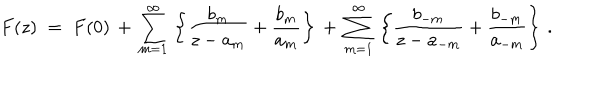
LaTeX: F ( z ) \; = \; F ( 0 ) \, + \, \sum _ { m = 1 } ^ { \infty } \, \left\{ \frac { b _ { m } } { z - a _ { m } } + \frac { b _ { m } } { a _ { m } } \right\} \, + \, \sum _ { m = 1 } ^ { \infty } \, \left\{ \frac { b _ { - m } } { z - a _ { - m } } + \frac { b _ { - m } } { a _ { - m } } \right\} \, .